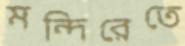
মন্দিরেতে